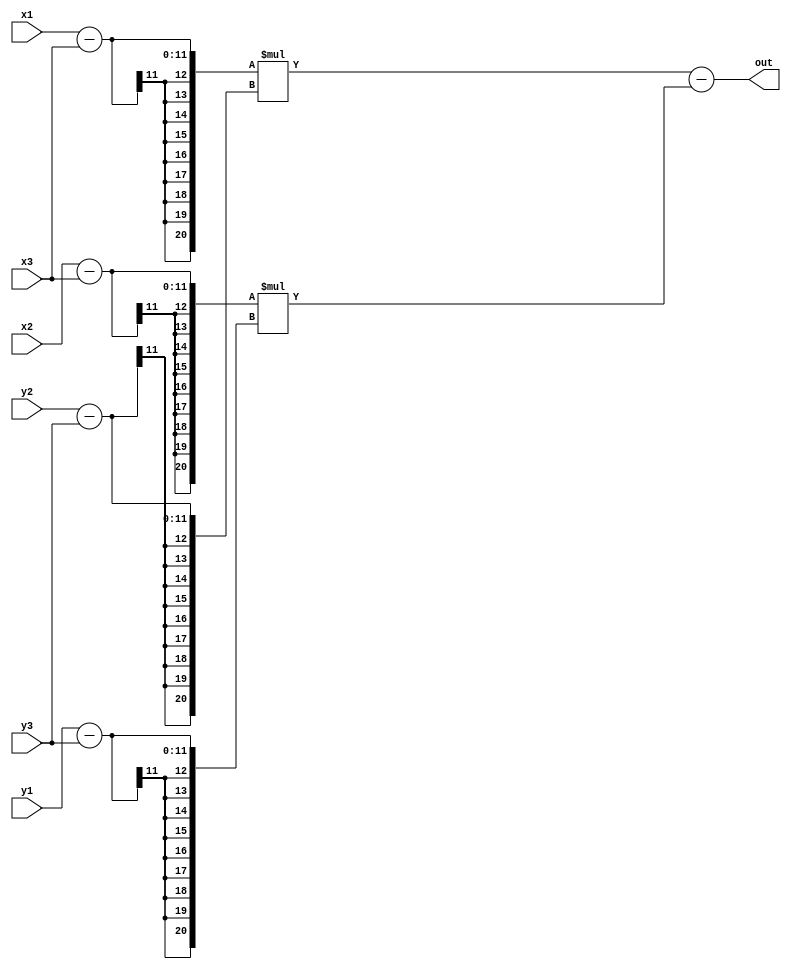
//feito por Murilo Xavier e Gustavo Zanella;

module sign(
	input [10:0] x1, y1,x2, y2, x3, y3,
	output out
	);

wire [20:0] aux1, aux2, aux3, aux4;

assign aux1 = x1 - x3;
assign aux2 = y2 - y3;
assign aux3 = x2 - x3;
assign aux4 = y1 - y3;
assign out = (aux1 * aux2) - (aux3 * aux4);

endmodule

module pointInTriangle(
	input [10:0] point_x, point_y,
	input clock,
	output out);


reg [10:0] x1, y1, x2, y2, x3, y3;

wire b1, b2, b3;
reg out_reg;

reg [0:1]cont;

assign out = out_reg;

sign A(point_x, point_y, x1, y1, x2, y2, b1);
sign B(point_x, point_y, x2, y2, x3, y3, b2);
sign C(point_x, point_y, x3, y3, x1, y1, b3);

always @(*) begin
	if(b1 == b2 && b2 == b3)begin
		out_reg <= 1;
	end		
	else begin
		out_reg <= 0;
	end
end

always @(posedge clock) begin
	if (cont == 0) begin
		x1 <= 4; 
		y1 <= 9; 
		
		x2 <= 9; 
		y2 <= 5;
		
		x3 <= 12; 
		y3 <= 11;

		cont <= cont +1;
	end
	else if (cont == 1) begin
		x1 <= 6; 
		y1 <= 1; 
		
		x2 <= 9; 
		y2 <= 3;
	
		x3 <= -4; 
		y3 <= 15;

		cont <= cont + 1;
	end
	if (cont == 2) begin
		x1 <= 1; 
		y1 <= 2; 
		
		x2 <= 1; 
		y2 <= 2;
		
		x3 <= 2; 
		y3 <= 21;

		cont <= cont + 1;
	end
	else begin
		x1 <= 6; 
		y1 <= 7; 
		
		x2 <= 7; 
		y2 <= 8;
		
		x3 <= 8; 
		y3 <= 18;

		cont <= cont + 1;
	end

end

endmodule

module test;

reg clock;
reg [10:0] point_x;
reg [10:0] point_y;
wire out;

pointInTriangle A(point_x, point_y, clock, out);

always #2 begin
	if(clock == 1)begin
		clock <= 0;
	end
	else begin
		clock <= 1;
	end
end

initial begin
	$dumpvars(0, A);
	#6;
	point_x <= 9;
	point_y <= 9;
	
	#6;
	point_x <= -5;
	point_y <= -4;
	
	#6;
	point_x <= 3; 
	point_y <= 1;
	
	#6;
	point_x <= 9; 
	point_y <= 0;

	#6;
	point_x <= 9; 
	point_y <= 9;

	#12

	$finish;

end

endmodule